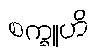
စက္ခူဟိ